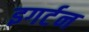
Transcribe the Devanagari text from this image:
इगर्टन